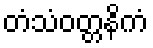
တံသံဝတ္တနိကံ